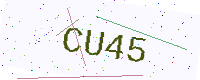
Text: CU45